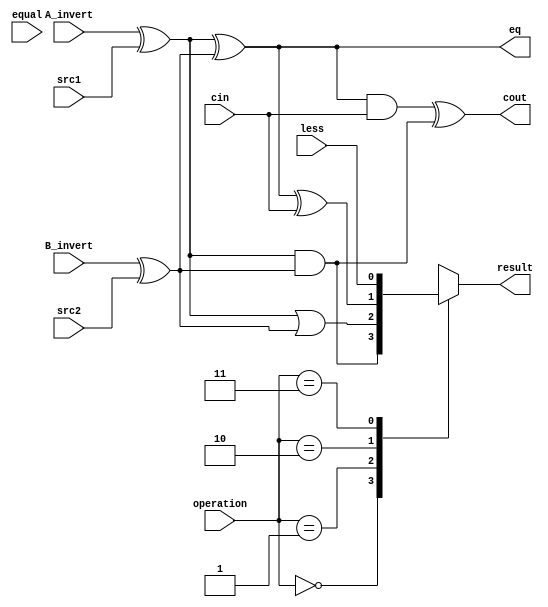

module alu_TOP0(
               src1,       //1 bit source 1 (input)
               src2,       //1 bit source 2 (input)
               less,       //1 bit less     (input)
               equal,
               A_invert,   //1 bit A_invert (input)
               B_invert,   //1 bit B_invert (input)
               cin,        //1 bit carry in (input)
               operation,  //operation      (input)
               //com_op,
               result,     //1 bit result   (output)
               cout,       //1 bit carry out(output)
               eq
               );

input         src1;
input         src2;
input         less;
input         A_invert;
input         B_invert;
input         cin;
input [2-1:0] operation;
//input   [2:0] com_op;
input         equal;

output        result;
output        cout;
output        eq;

reg           result;

wire          m1,m2,op1,op2,op3,op4;

assign m1 = A_invert ^ src1;
assign m2 = B_invert ^ src2;
assign op1 = m1 & m2;
assign op2 = m1 | m2;
assign op3 = m1 ^ m2 ^ cin;
assign op4 = less;
assign eq = m1 ^ m2;
assign cout = ((m1 ^ m2) & cin) ^ (m1 & m2);

always@( * )
     begin
     case(operation)
          2'b00 : result = op1;
          2'b01 : result = op2;
          2'b10 : result = op3;
          2'b11 : result = op4;
     endcase
end

endmodule